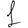
Digit: 1